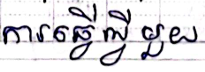
ការធ្វើអ្វីមួយ